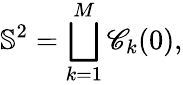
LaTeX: \mathbb{S}^{2}=\bigsqcup_{k=1}^{M}\mathscr{C}_{k}(0),